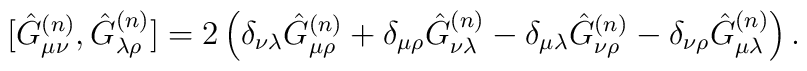
[\hat{G}_{\mu\nu}^{(n)},\hat{G}_{\lambda\rho}^{(n)}]=2\left(\delta_{\nu\lambda}\hat{G}_{\mu\rho}^{(n)}+\delta_{\mu\rho}\hat{G}_{\nu\lambda}^{(n)}-\delta_{\mu\lambda}\hat{G}_{\nu\rho}^{(n)}-\delta_{\nu\rho}\hat{G}_{\mu\lambda}^{(n)}\right).